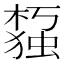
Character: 𰘙